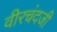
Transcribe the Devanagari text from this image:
वीरचंदजी